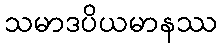
သမာဒပိယမာနဿ